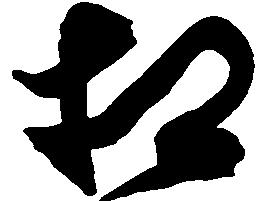
相